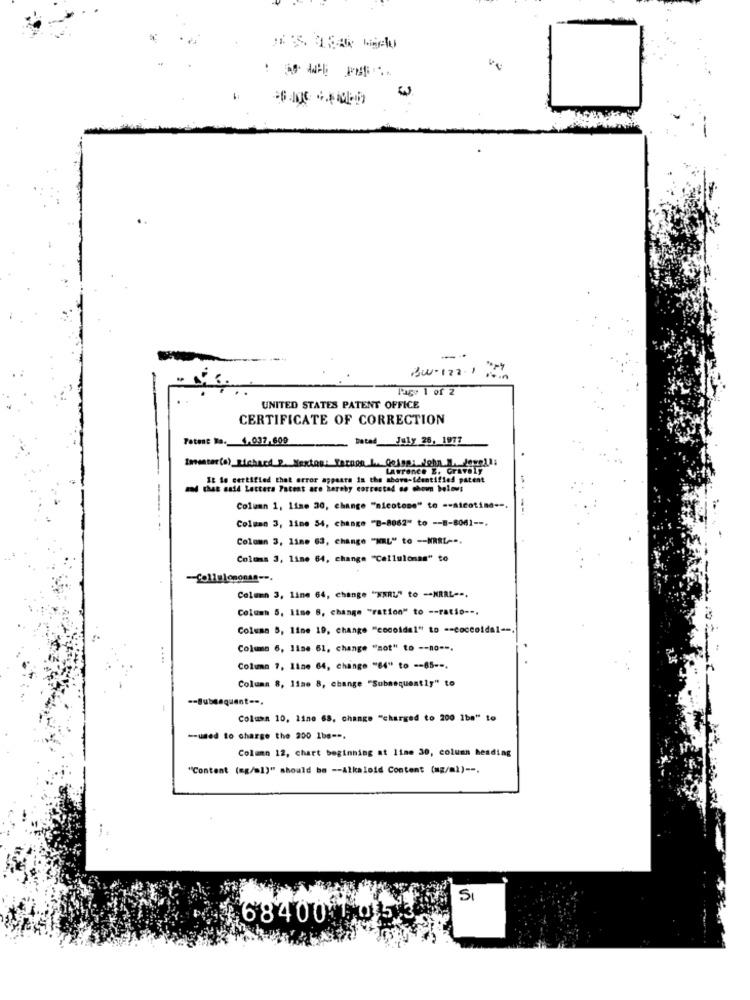
Bw-122 1 rxin
Page 1 of 2
UNITED STATES PATENT OFFICE
CERTIFICATE OF CORRECTION
Patent Ma. 1.037,609
,Dated July 26, 1977
unmaster(s) Richard 2. Maxtor: Vernon L. Gelen: John . Jevoll:
Lawrence E. Gravely
It So certified that error appears in the above-identified patent
sad that said Letters Patent are hereby corrected do chown
Column 1, 1ine 30, change "aicotone" to -- nicotine --.
Colman 3, 11me 54, change "8-8062" to -- 8-8041 --.
Column 3, 13ne 63, change "NEL" to -- NRRL --.
Colums 3, line 64, change "Cellulonas" to
-- Colluloponas --.
Column 3, line 64, change "WARL" to -- NRAL --.
Column 5, 11me B, change "ration" to -- ratio --,
Columa B, line 19, change "cocoidal" to == coccoldal --
Column 6, 11se 61, change "not" to -- no --.
....
Column 7, 11ne 64, change "64" to -- 65 --.
Column 8, 11me 8, change "Subsequently" to
-- Subsequent --.
Column 10, 11no 68, change "charged to 200 1ba" to
-- used to charge the 200 1be --.
Column 12, chart beginning at line 30, column heading
"Content (mg/ml)" should be -- Alkaloid Content (mg/ml) --.
SI
68400 1053